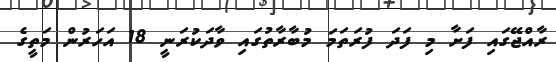
ރާއްޖޭގައި ފަށާ މި ފަދަ ފުރަތަމަ މުބާރާތުގައި ވާދަކުރަނީ 18 އަހަރުން މަތީގެ